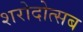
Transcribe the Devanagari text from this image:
शरोदोत्सब